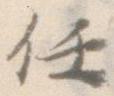
任